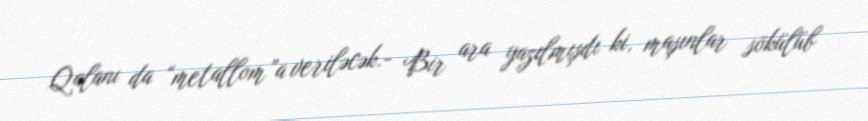
Qalanı da “metallom”a veriləcək.- Bir ara yazılmışdı ki, maşınlar sökülüb